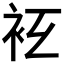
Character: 𧘛